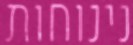
נינוחות